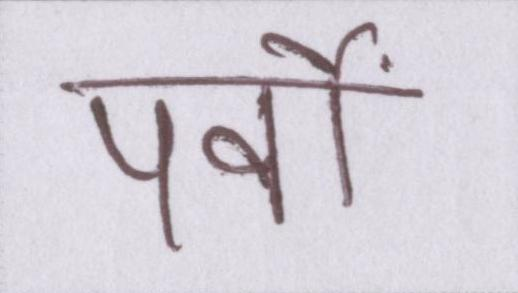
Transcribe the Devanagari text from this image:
पर्वों